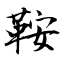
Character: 鞍